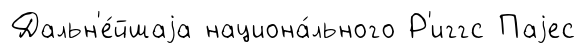
Дальн'е́йшаjа национа́льного Р'иггс Паjес